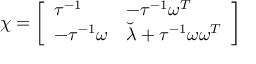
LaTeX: \chi = \left[ \begin{array} { l l } { { \tau ^ { - 1 } } } & { { - \tau ^ { - 1 } \omega ^ { T } } } \\ { { - \tau ^ { - 1 } \omega } } & { { \breve { \lambda } + \tau ^ { - 1 } \omega \omega ^ { T } } } \end{array} \right]